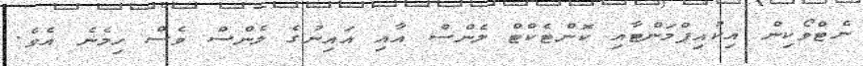
ނެޓްވޯކިން އިކުއިޕްމަންޓާއި ކޮންޓެކްޓް ލެންސް އާއި އައިނުގެ ލެންސް ވެސް ހިމެނެ އެވެ.